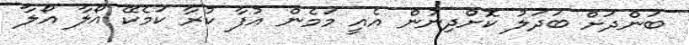
ބަންދަށް ބަދަލު ކޮށްދިނުން އެއީ މަމެން އުފާ ކުރާ ކަމެކޭ އޯލާ އޯލާ